Annual report of the Central Committee of the Association together with the report of the directors of the Pasteur Institute at Kasauli
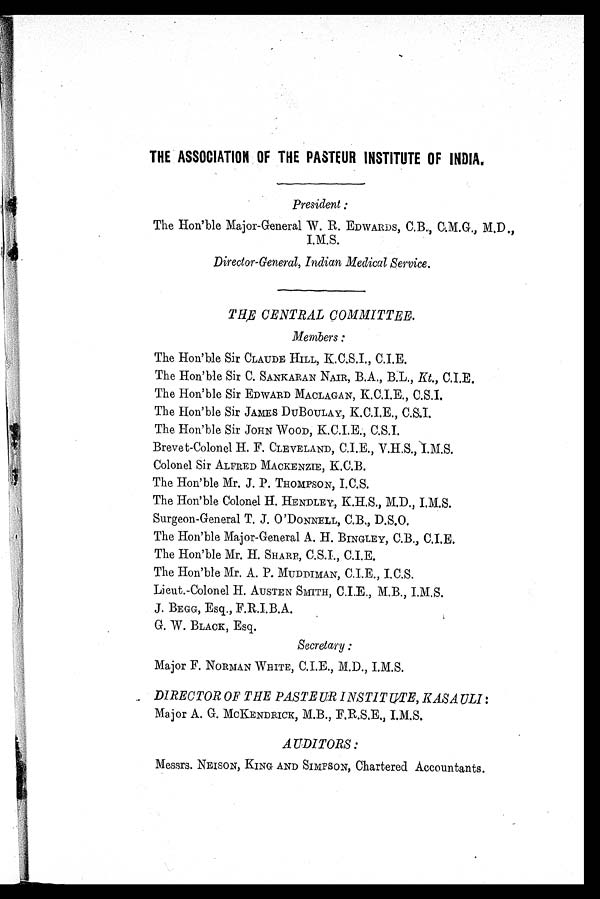
THE ASSOCIATION OF THE PASTEUR INSTITUTE OF INDIA.
President :
The Hon'ble Major-General W. R. EDWARDS, C.B., C.M.G., M.D.,
I.M.S.
Director-General, Indian Medical Service.
THE CENTRAL COMMI TTEE.
Members:
The Hon'ble Sir CLAUDE HILL, K.C.S.I., C.I.E.
The Hon'ble Sir C. SANKARAN NAIR, B.A., B.L., Kt., CIE.
The Hon' ble Sir EDWARD MACLAGAN, K. C. S. I., C.S.I.
The Hon'ble Sir JAMES DUBOULAY, K.C.I.E., C.S.I.
The Hon'ble Sir JOHN WOOD, K.C.I.E., C.S.I.
Brevet-Colonel H. F. CLEVELAND, C.I.E., V.H.S., I.M.S.
Colonel Sir ALFRED MACKENZIE, K.C.B.
The Hon'ble Mr. J. P. THOMPSON, I.C.S.
The Hon'ble Colonel
H. HENDLEY, K.H.S., M.D., I.M.S.
Surgeon-General T. J. O 'DONNELL, C.B., D.S.O.
The Hon'ble Major-General A. H. BINGLEY, C.B.,
C.I.E. The Hon'ble Mr. H. SHARP, C.S.I., C.I.E.
The Hon'ble Mr. A. P. MUDDIMAN, C.I.E., I.C.S.
Lieut.-Colonel H. AUSTEN SMITH, C.I.E., M.B., I.M.S.
J. BEGG, Esq., F.R.I.B.A.
G. W. BLACK, Esq.
Secretary
Major F. NORMAN WHITE, C.I.E., M.D., I.M.S.
DIRECTOR OF THE PASTEUR INSTITUTE, KASAULI :
Major A. G. MCKENDRICK, M.B., F.R.S.E., I.M.S.
AUDITORS:
Messrs. NELSON, KING AND SIMPSON, Chartered Accountants.